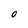
Character: O